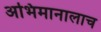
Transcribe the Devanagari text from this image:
अभिमानालाच